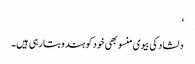
‘
دلشاد کی بیوی منسو بھی خود کو ہندو بتا رہی ہیں۔